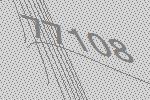
77108